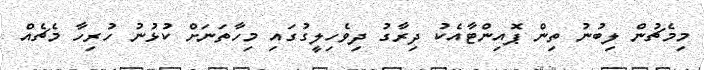
މިމެޗުން ލިބުނު ތިން ޕޮއިންޓާއެކު ދިރާގު ދިވެހިލީގުގައި މިހާތަނަށް ކުޅުނު ހުރިހާ މެޗެއް